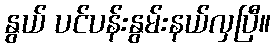
နွယ် ပင်ပန်းနွမ်းနယ်လှပြီ။